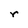
Character: r